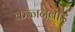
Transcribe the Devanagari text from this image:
कज्जनबाई